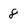
Character: 8